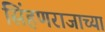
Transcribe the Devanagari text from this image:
सिंहणराजाच्या